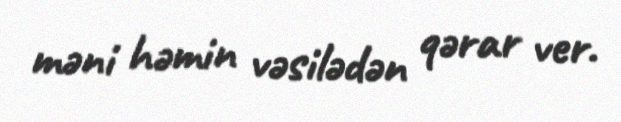
məni həmin vəsilədən qərar ver.